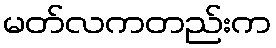
မတ်လကတည်းက